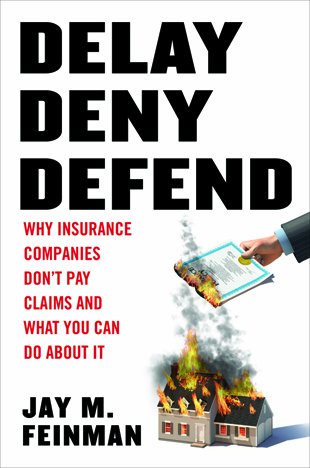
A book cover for Delay Deny Defend--paperback; JayM Feinman; Business & Money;